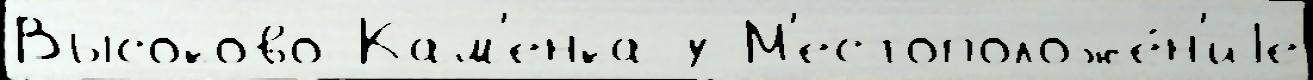
Высоково Кам'енка у М'естоположе́н'иjе